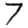
Digit: 7